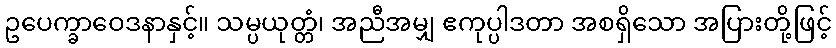
ဥပေက္ခာဝေဒနာနှင့်။ သမ္ပယုတ္တံ၊ အညီအမျှ ဧကုပ္ပါဒတာ အစရှိသော အပြားတို့ဖြင့်